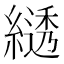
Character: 𦄭